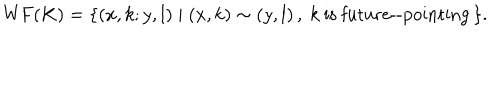
\mathrm { W F } ( K ) = \{ ( x , k ; y , l ) \mid ( x , k ) \sim ( y , l ) \, , \ k \mathrm { ~ i s ~ f u t u r e - - p o i n t i n g } \, \} .